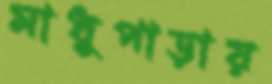
মাধুপাড়ায়